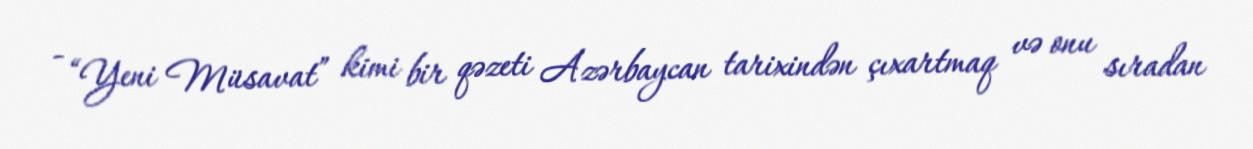
- “Yeni Müsavat” kimi bir qəzeti Azərbaycan tarixindən çıxartmaq və onu sıradan